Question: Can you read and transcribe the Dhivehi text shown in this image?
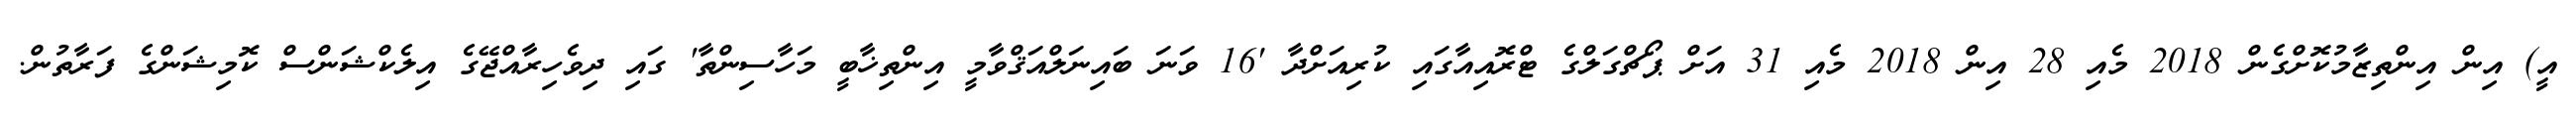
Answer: އީ) އިން އިންތިޒާމުކޮށްގެން 2018 މެއި 28 އިން 2018 މެއި 31 އަށް ޕޯޗްގަލްގެ ޓްރޮއިއާގައި ކުރިއަށްދާ '16 ވަނަ ބައިނަލްއަޤްވާމީ އިންތިޚާބީ މަހާސިންތާ' ގައި ދިވެހިރާއްޖޭގެ އިލެކްޝަންސް ކޮމިޝަންގެ ފަރާތުން.